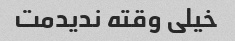
خیلی وقته ندیدمت